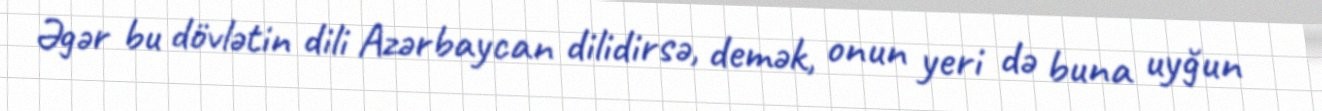
Əgər bu dövlətin dili Azərbaycan dilidirsə, demək, onun yeri də buna uyğun